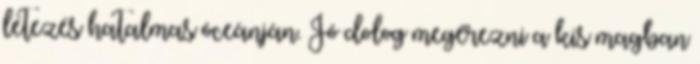
létezés hatalmas óceánján. Jó dolog megérezni a kis magban